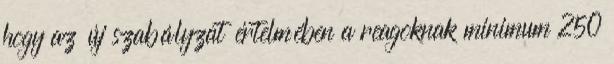
hogy az új szabályzat értelmében a reagoknak minimum 250